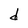
Character: d